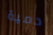
دمية